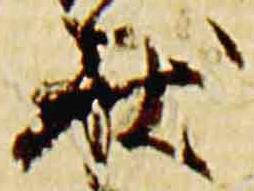
状